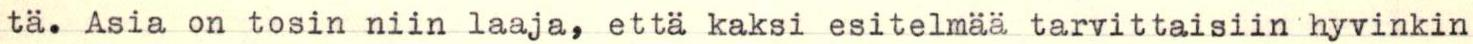
tä. Asia on tosin niin laaja, että kaksi esitelmää tarvittaisiin hyvinkin